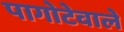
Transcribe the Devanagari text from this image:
पागोटेवाले